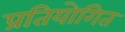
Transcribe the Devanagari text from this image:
प्रतियोगित